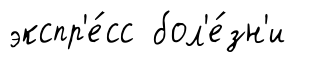
экспр'е́сс бол'е́зн'и